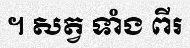
។ សត្វ ទាំង ពីរ